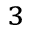
^ 3